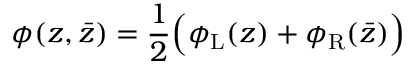
\phi ( z , \bar { z } ) = \frac { 1 } { 2 } \Big ( \phi _ { \mathrm { L } } ( z ) + \phi _ { \mathrm { R } } ( \bar { z } ) \Big )